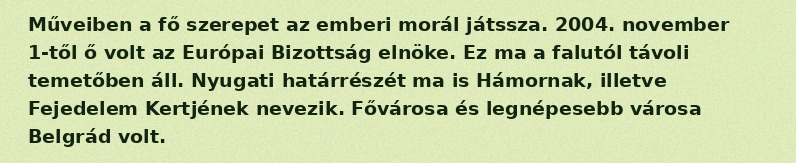
Műveiben a fő szerepet az emberi morál játssza. 2004. november 1-től ő volt az Európai Bizottság elnöke. Ez ma a falutól távoli temetőben áll. Nyugati határrészét ma is Hámornak, illetve Fejedelem Kertjének nevezik. Fővárosa és legnépesebb városa Belgrád volt.